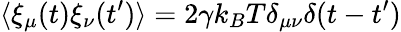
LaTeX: \langle\xi_{\mu}(t)\xi_{\nu}(t^{\prime})\rangle=2\gamma k_{B}T\delta_{\mu\nu}\delta(t-t^{\prime})